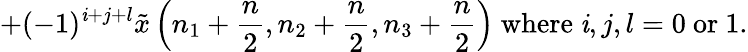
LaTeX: +(-1)^{\mathit{i}+j+l}{\tilde{{x}}}\left(n_{1}+{\frac{{n}}{{2}}},n_{2}+{\frac{{n}}{{2}}},n_{3}+{\frac{{n}}{{2}}}\right){\mathrm{{~where~}}}\mathit{i},j,l=0{\mathrm{{~or~}}}1.